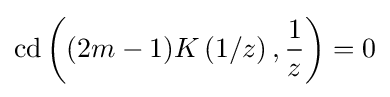
\mathrm {cd} \left((2m-1)K\left(1/z\right),{\frac {1}{z}}\right)=0